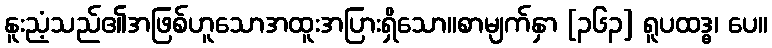
နူးညံ့သည်၏အဖြစ်ဟူသောအထူးအပြားရှိသော။စာမျက်နှာ [၃၆၃] ရူပထဒ္ဓ၊ ပေ။